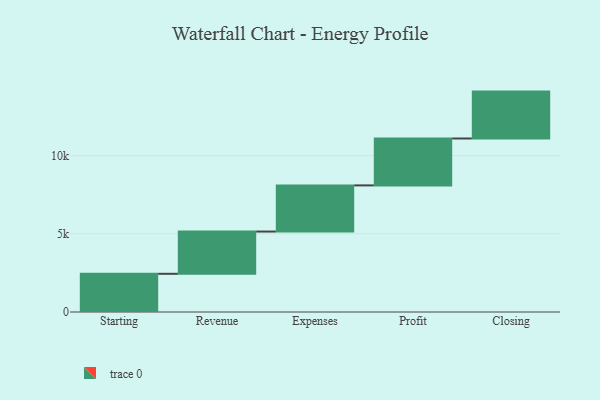
{"axis": {"x": "Step", "y": "Value"}, "legend": [""], "data": [{"x": "Starting", "y": 2444.0, "type": ""}, {"x": "Revenue", "y": 2703.0, "type": ""}, {"x": "Expenses", "y": 2953.0, "type": ""}, {"x": "Profit", "y": 3000, "type": ""}, {"x": "Closing", "y": 3000, "type": ""}]}